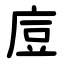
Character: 㢄